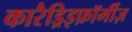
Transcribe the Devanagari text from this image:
कारैड्रिइफ़ॉर्मीज़